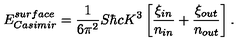
E _ { \small C a s i m i r } ^ { \small s u r f a c e } = { \frac { 1 } { 6 \pi ^ { 2 } } } S \hbar c K ^ { 3 } \left[ { \frac { \xi _ { \small i n } } { n _ { \small i n } } } + { \frac { \xi _ { \small o u t } } { n _ { \small o u t } } } \right] .